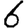
Digit: 6